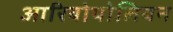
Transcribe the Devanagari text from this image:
आरियोपोलियन